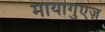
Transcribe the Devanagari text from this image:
मायागुएज़